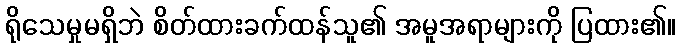
ရိုသေမှုမရှိဘဲ စိတ်ထားခက်ထန်သူ၏ အမူအရာများကို ပြထား၏။